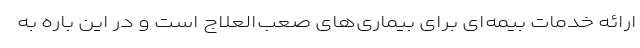
ارائه خدمات بیمه‌ای برای بیماری‌های صعب‌العلاج است و در این باره به